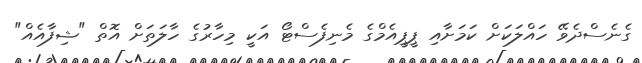
ގެނެސްދެވޭ ހައްލަކަށް ކަމަށާއި ޕީޕީއެމްގެ މެނިފެސްޓޯ އަކީ މިހާރުގެ ހާލަތަށް އޮތް "ޝިފާއެއް"